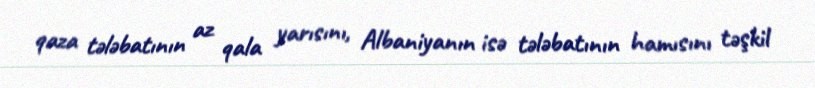
qaza tələbatının az qala yarısını, Albaniyanın isə tələbatının hamısını təşkil